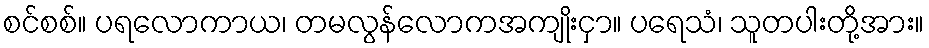
စင်စစ်။ ပရလောကာယ၊ တမလွန်လောကအကျိုးငှာ။ ပရေသံ၊ သူတပါးတို့အား။